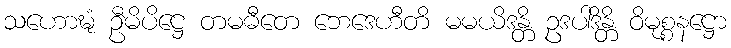
သဟောဍ္ဎံ ဦမိပိဋ္ဌေ တမဓီတေ ဘေဒေဟီတိ မမယိဒန္တိ ဥဒပါဒိန္တိ ဝိမုစ္စနဋ္ဌော